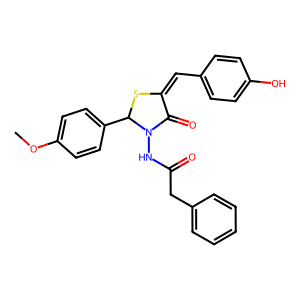
SMILES: COc1ccc(C2SC(=Cc3ccc(O)cc3)C(=O)N2NC(=O)Cc2ccccc2)cc1
Inhibits HIV replication: No